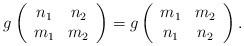
\begin{align*}g\left(\begin{array}{cc} n_1 & n_2 \\ m_1 & m_2 \end{array}\right)=g\left(\begin{array}{cc} m_1 & m_2 \\ n_1 & n_2 \end{array}\right).\end{align*}